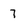
Character: 7